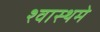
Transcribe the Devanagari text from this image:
श्वास्थमे